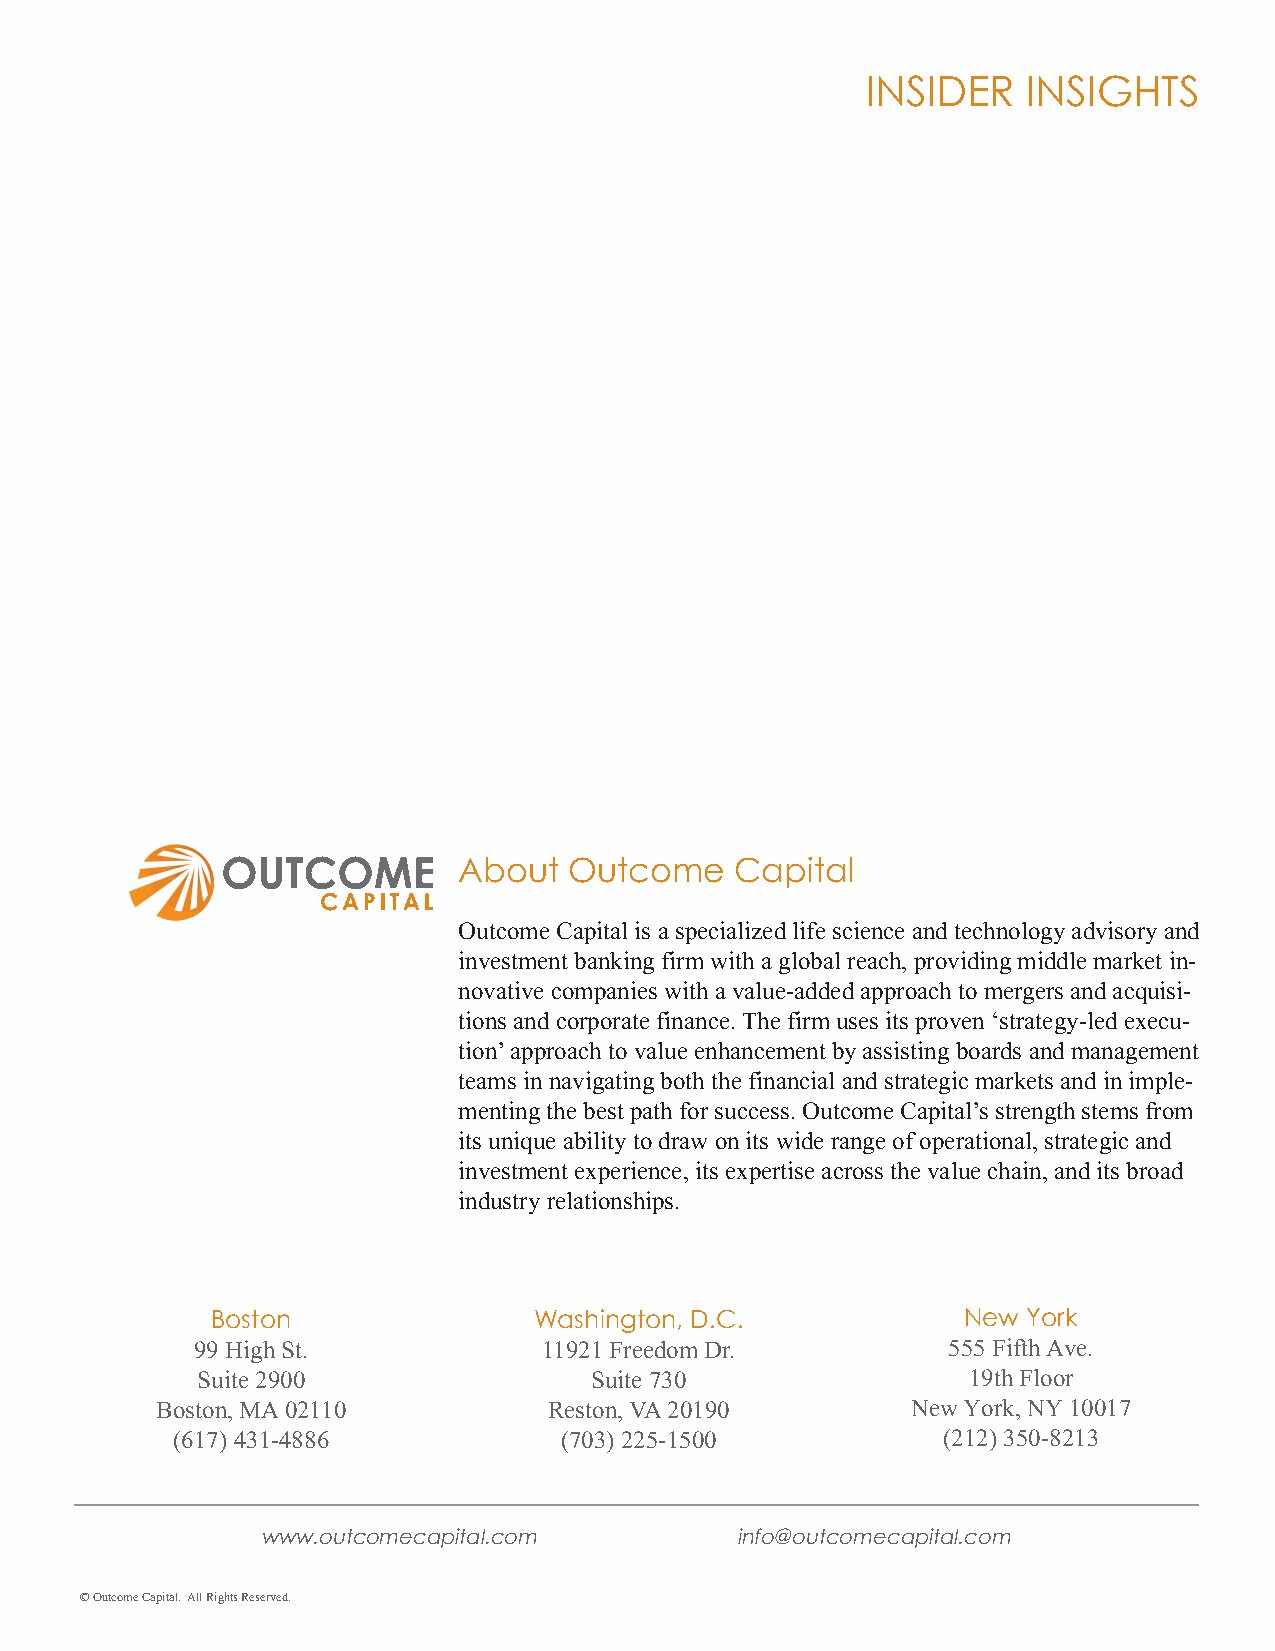
INSIDER    INSIGHTS
 About   Outcome    Capital
 Outcome Capital is a specialized life science and technology advisory and
 investment banking firm with a global reach, providing middle market in-
 novative companies with a value-added approach to mergers and acquisi-
 tions and corporate finance. The firm uses its proven ‘strategy-led execu-
 tion’ approach to value enhancement by assisting boards and management
 teams in navigating both the financial and strategic markets and in imple-
 menting the best path for success. Outcome Capital’s strength stems from
 its unique ability to draw on its wide range of operational, strategic and
 investment experience, its expertise across the value chain, and its broad
 industry relationships.
 Boston               Washington, D.C.             New York
 99 High St.            11921 Freedom Dr.          555 Fifth Ave.
 Suite 2900                Suite 730                19th Floor
 Boston, MA 02110          Reston, VA 20190        New York, NY 10017
 (617) 431-4886            (703) 225-1500           (212) 350-8213
 www.outcomecapital.com          info@outcomecapital.com
 © Outcome Capital. All Rights Reserved.